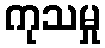
ကုသမှု